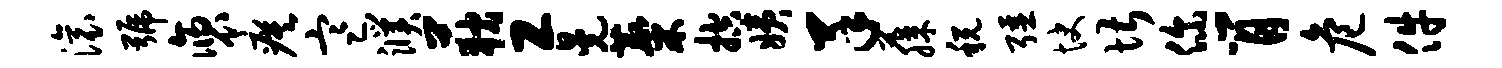
滚号褒瘼寒濮荻工晃麋控姨羊藤税强快堪你肖危件